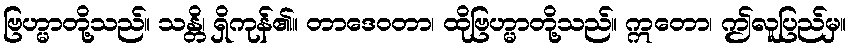
ဗြဟ္မာတို့သည်။ သန္တိ၊ ရှိကုန်၏။ တာဒေဝတာ၊ ထိုဗြဟ္မာတို့သည်။ ဣတော၊ ဤလူပြည်မှ။